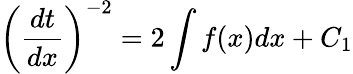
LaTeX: \left({\frac{dt}{dx}}\right)^{-2}=2\int f(x)dx+C_{1}